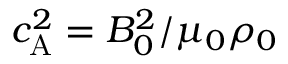
c _ { \mathrm { A } } ^ { 2 } = B _ { 0 } ^ { 2 } / \mu _ { 0 } \rho _ { 0 }